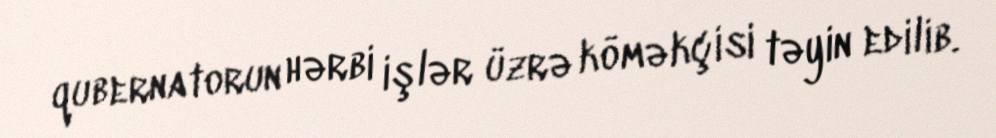
qubernatorun hərbi işlər üzrə köməkçisi təyin edilib.